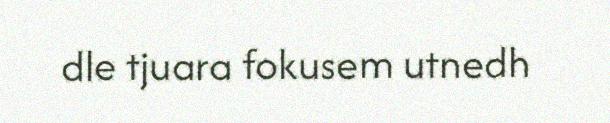
dle tjuara fokusem utnedh